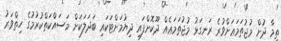
ތިމާ ދުށް މުޖުތަމަޢަށްވުރެ ރަނގަޅު މުޖުތަމަޢެއް ދޫކޮށްފައި ދިޔުމަށްޓަކައި ބަދަލަކަށް މަސައްކަތްކުރުމުގެ ހިތްވަރު